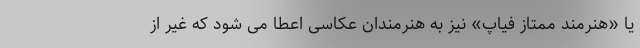
یا «هنرمند ممتاز فیاپ» نیز به هنرمندان عکاسی اعطا می شود که غیر از